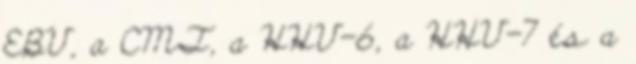
EBV, a CMT, a HHV-6, a HHV-7 és a